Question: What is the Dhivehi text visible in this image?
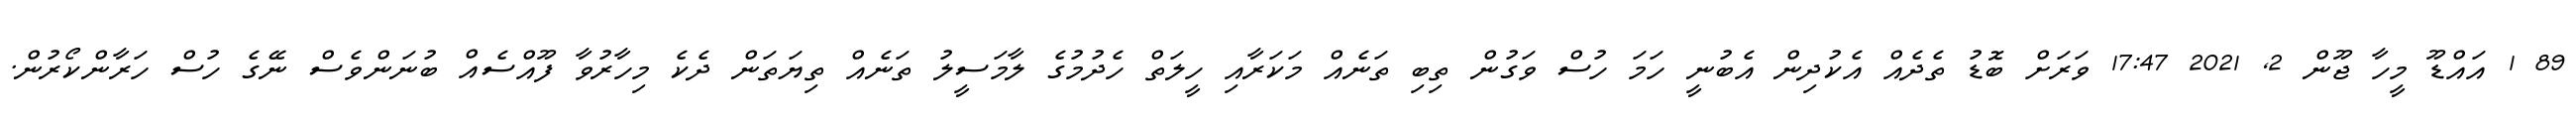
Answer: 89 1 އައްޑޫ މީހާ ޖޫން 2, 2021 17:47 ވަރަށް ބޮޑު ތެދެއް އެކުދިން އެބުނީ ހަމަ ހުސް ވަގުން ތިބި ތަނެއް މަކަރާއި ހީލަތް ހެދުމުގެ ލާމަސީލު ތަނެއް ތިޔަތަން ދެކެ މިހާރުވާ ފޫއްސެއް ބުނަންވެސް ނޭގެ ހުސް ހަރާންކޯރުން.